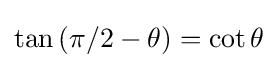
\tan \left(\pi /2-\theta \right)=\cot \theta